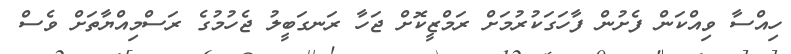
ހިއްސާ ވިއްކަން ފެށުން ފާހަގަކުރުމަށް ރަމްޒީކޮށް ޖަހާ ރަނގަބީލު ޖެހުމުގެ ރަސްމިއްޔާތަށް ވެސް